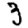
Digit: 3